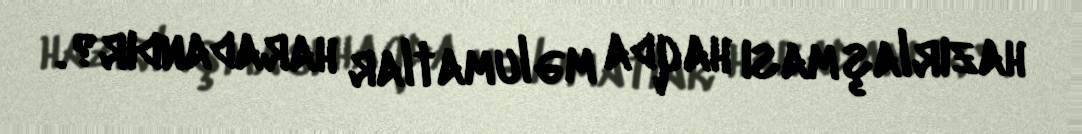
hazırlaşması haqda məlumatlar haradandır?.